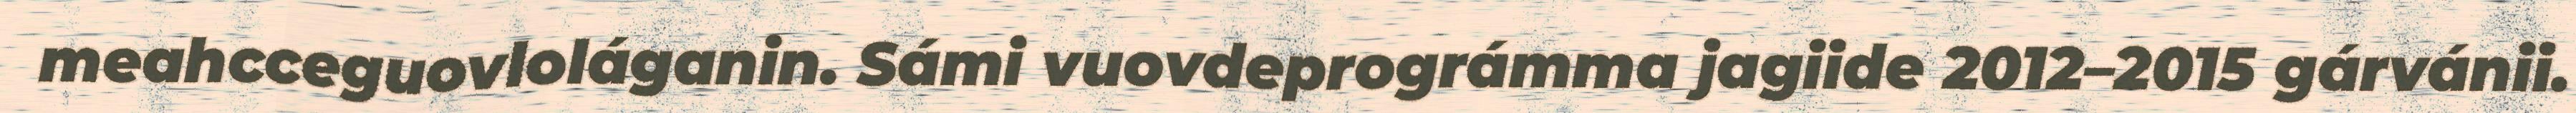
meahcceguovloláganin. Sámi vuovdeprográmma jagiide 2012–2015 gárvánii.